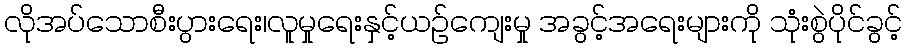
လိုအပ်သောစီးပွားရေး၊လူမှုရေးနှင့်ယဉ်ကျေးမှု အခွင့်အရေးများကို သုံးစွဲပိုင်ခွင့်